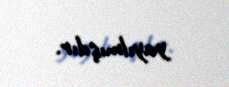
yayılmışdır.